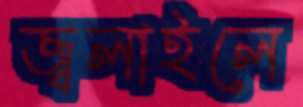
জ্বলাইলে